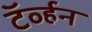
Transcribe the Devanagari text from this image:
टॅर्व्हन